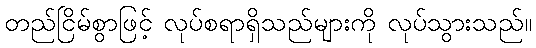
တည်ငြိမ်စွာဖြင့် လုပ်စရာရှိသည်များကို လုပ်သွားသည်။